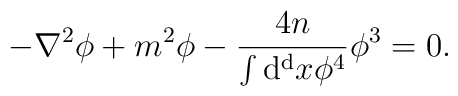
- \nabla^2 \phi + m^2 \phi - { 4 n \over  \int   {\rm d^d} x \phi^4 }  \phi^3 = 0.